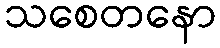
သစေတနော